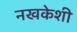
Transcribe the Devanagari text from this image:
नखकेशी